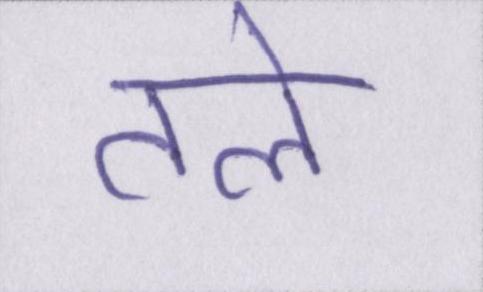
तले